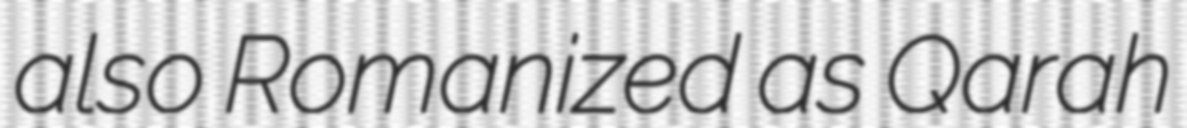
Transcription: also Romanized as Qarah